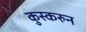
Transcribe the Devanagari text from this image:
कुस्करुन